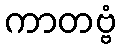
ကာတဗ္ဗံ